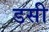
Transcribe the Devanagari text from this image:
डसी